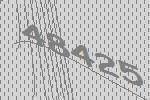
48425